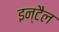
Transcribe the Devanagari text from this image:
इन्टैल